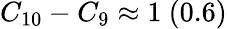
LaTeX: C_{10}-C_{9}\approx 1~(0.6)